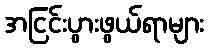
အငြင်းပွားဖွယ်ရာများ